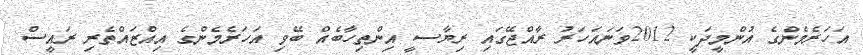
އަހަރެމެންގެ އުންމީދަކީ 2012ވަނައަހަރު ރާއްޖޭގައި ރިޔާސީ އިންތިހާބެއް ބޭވި އަހަރެމެންގެ އިއްޒައްތެރި ރައީސް